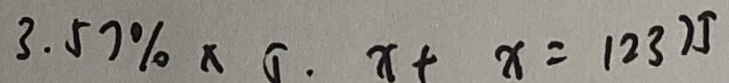
3 . 5 7 \% \times 5 \cdot x + x = 1 2 3 7 5